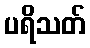
ပရိသတ်